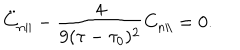
LaTeX: \ddot { C } _ { n \parallel } - \frac { 4 } { 9 ( \tau - \tau _ { 0 } ) ^ { 2 } } C _ { n \parallel } = 0 .